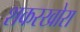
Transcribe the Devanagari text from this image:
शकरखोरा